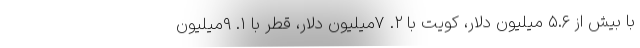
با بیش از ۵.۶ میلیون دلار، کویت با ۲. ۷میلیون دلار، قطر با ۱. ۹میلیون